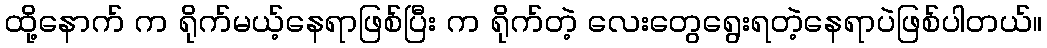
ထို့နောက် က ရိုက်မယ့်နေရာဖြစ်ပြီး က ရိုက်တဲ့ လေးတွေရွေးရတဲ့နေရာပဲဖြစ်ပါတယ်။